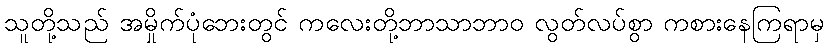
သူတို့သည် အမှိုက်ပုံဘေးတွင် ကလေးတို့ဘာသာဘာဝ လွတ်လပ်စွာ ကစားနေကြရာမှ